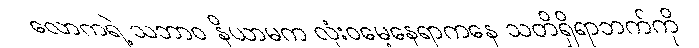
လောကရဲ့ သဘာဝ နိယာမက လုံးဝမေ့နေရာကနေ သတိရှိရာဘက်ကို